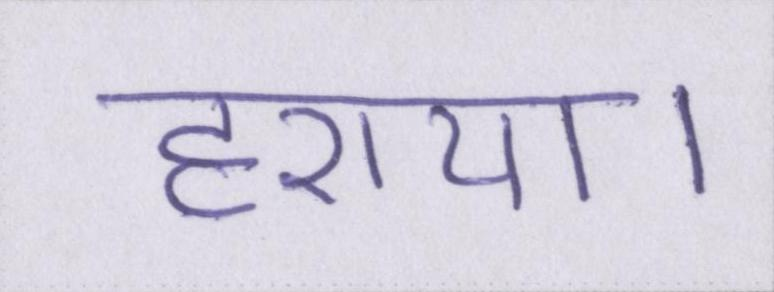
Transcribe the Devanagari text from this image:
हराया।